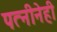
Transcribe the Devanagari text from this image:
पत्नीनेही